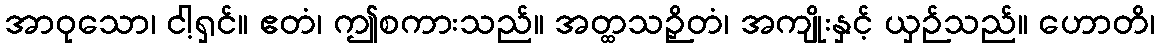
အာဝုသော၊ ငါ့ရှင်။ ဧတံ၊ ဤစကားသည်။ အတ္ထသဉှိတံ၊ အကျိုးနှင့် ယှဉ်သည်။ ဟောတိ၊